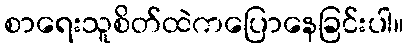
စာရေးသူစိတ်ထဲကပြောနေခြင်းပါ။